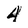
Character: 4